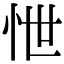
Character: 怈